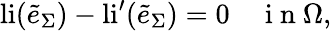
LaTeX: \mathrm{li}(\tilde{e}_{\Sigma})-\mathrm{li}^{\prime}(\tilde{e}_{\Sigma})=0\quad\mathrm{~i~n~}\Omega,